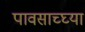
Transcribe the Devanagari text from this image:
पावसाच्घ्या